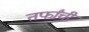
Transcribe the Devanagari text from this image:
तर्फांची